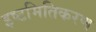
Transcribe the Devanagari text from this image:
इष्‍टमितिकरण